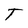
Character: T